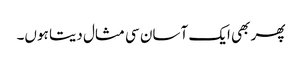
پھر بھی ایک آسان سی مثال دیتا ہوں۔